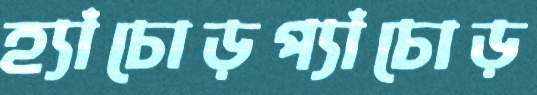
হ্যাঁচোড়প্যাঁচোড়